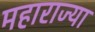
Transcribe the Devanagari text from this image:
महाराज्या